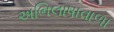
અભિલાષાવાળા